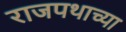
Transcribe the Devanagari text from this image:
राजपथाच्या